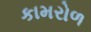
કામરોળ